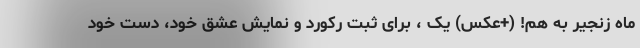
ماه زنجیر به هم! (+عکس) یک ، برای ثبت رکورد و نمایش عشق خود، دست خود